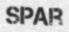
SPAR